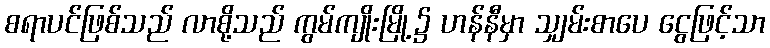
စရာပင်ဖြစ်သည် လာစို့သည် ကွမ်ကျိုးမြို့၌ ဟန်နီမှာ သျှမ်းစာပေ ငွေဖြင့်သာ